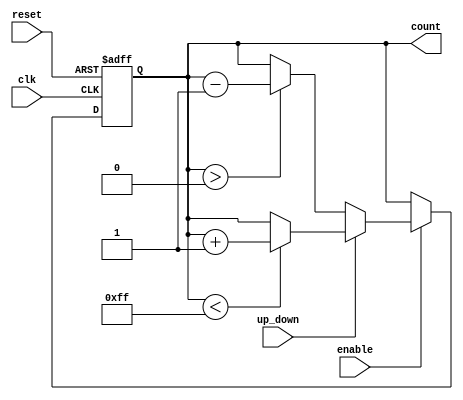
module up_down_counter (
    input wire clk,              // Clock signal
    input wire reset,            // Asynchronous reset signal
    input wire enable,           // Count enable signal
    input wire up_down,          // Count direction control (1 for up, 0 for down)
    output reg [7:0] count       // Current count value (8-bit)
);

    // Parameters for maximum count value
    parameter MAX_COUNT = 8'd255; // Maximum count value for an 8-bit counter

    // Asynchronous reset logic
    always @(posedge clk or posedge reset) begin
        if (reset) begin
            count <= 8'd0;         // Reset count to zero
        end else if (enable) begin
            if (up_down) begin
                // Increment logic
                if (count < MAX_COUNT) begin
                    count <= count + 1; // Increment count
                end
            end else begin
                // Decrement logic
                if (count > 8'd0) begin
                    count <= count - 1; // Decrement count
                end
            end
        end
    end

endmodule